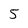
Character: 5